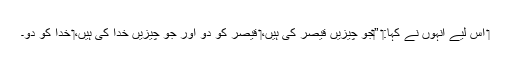
‏ اِس لیے اُنہوں نے کہا:‏ ”‏جو چیزیں قیصر کی ہیں،‏ قیصر کو دو اور جو چیزیں خدا کی ہیں،‏ خدا کو دو۔